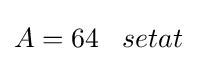
A=64\;\;\;setat